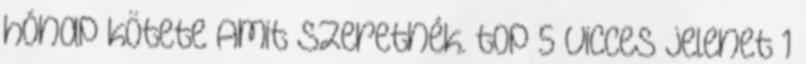
hónap kötete Amit szeretnék. top 5 vicces jelenet 1